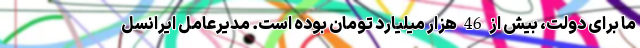
ما برای دولت، بیش از 46 هزار میلیارد تومان بوده است. مدیرعامل ایرانسل